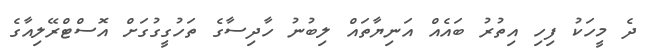
ދެ މީހަކު ފިހި އިތުރު ބައެއް އަނިޔާތައް ލިބުނު ހާދިސާގެ ތަހުގީގުގަށް އޮސްޓްރޭލިއާގެ